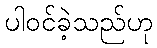
ပါဝင်ခဲ့သည်ဟု